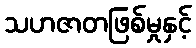
သဟဇာတဖြစ်မှုနှင့်